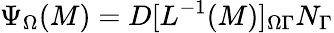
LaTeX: \Psi_{\Omega}(M)=D[L^{-1}(M)]_{\Omega\Gamma}N_{\Gamma}